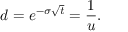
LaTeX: d = e ^ { - \sigma { \sqrt { t } } } = { \frac { 1 } { u } } .